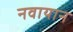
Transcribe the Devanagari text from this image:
नवायान